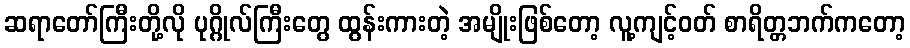
ဆရာတော်ကြီးတို့လို ပုဂ္ဂိုလ်ကြီးတွေ ထွန်းကားတဲ့ အမျိုးဖြစ်တော့ လူ့ကျင့်ဝတ် စာရိတ္တဘက်ကတော့